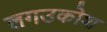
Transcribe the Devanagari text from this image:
लगउकोश